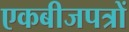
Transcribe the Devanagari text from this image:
एकबीजपत्रों